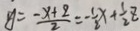
y = \frac { - x + z } { 2 } = - \frac { 1 } { 2 } x + \frac { 1 } { 2 } z